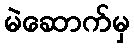
မဲဆောက်မှ